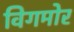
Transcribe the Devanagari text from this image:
विगमोर